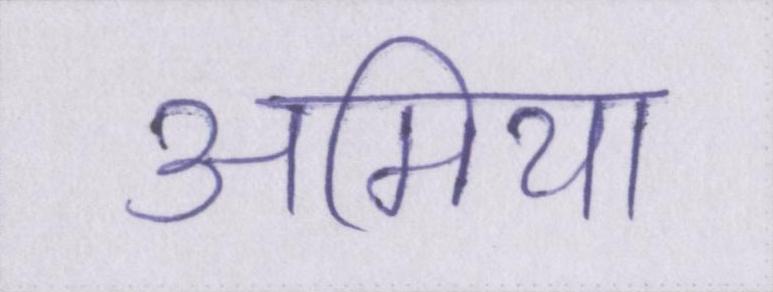
अमिया